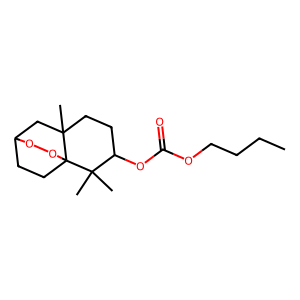
SMILES: CCCCOC(=O)OC1CCC2(C)CC3CCC2(OO3)C1(C)C
Inhibits HIV replication: No